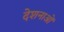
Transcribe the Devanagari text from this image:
देशनाओं